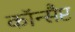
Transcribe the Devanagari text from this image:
कॉन्सैप्ट